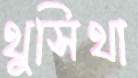
থুসিথা